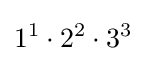
1^{1}\cdot 2^{2}\cdot 3^{3}